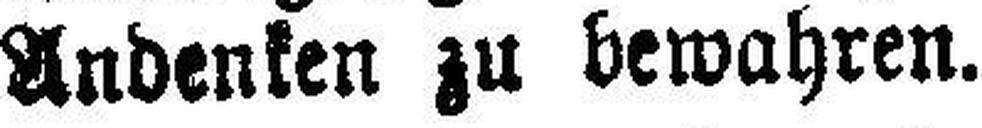
Andenken zu bewahren.